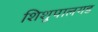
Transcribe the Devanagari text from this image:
शिशुपालगड